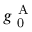
g _ { \mathrm { ~ 0 ~ } } ^ { \mathrm { ~ A ~ } }